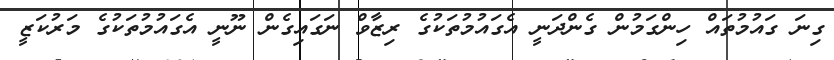
ގިނަ ގައުމުތައް ހިންގަމުން ގެންދަނީ އެގައުމުތަކުގެ ރިޒާވް ނަގައިގެން ނޫނީ އެގައުމުތަކުގެ މަރުކަޒީ